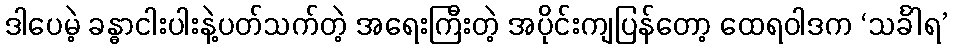
ဒါပေမဲ့ ခန္ဓာငါးပါးနဲ့ပတ်သက်တဲ့ အရေးကြီးတဲ့ အပိုင်းကျပြန်တော့ ထေရဝါဒက ‘သင်္ခါရ’